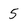
Character: 5